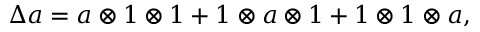
\Delta a = a \otimes 1 \otimes 1 + 1 \otimes a \otimes 1 + 1 \otimes 1 \otimes a ,